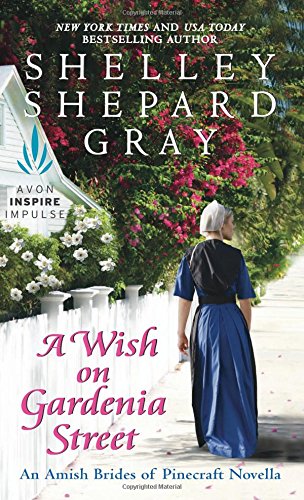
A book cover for A Wish on Gardenia Street: An Amish Brides of Pinecraft Novella; Shelley Shepard Gray; Romance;